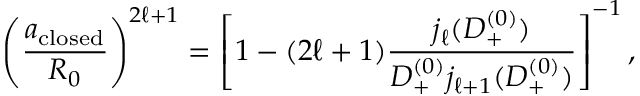
\left( \frac { a _ { \mathrm { c l o s e d } } } { R _ { 0 } } \right) ^ { 2 \ell + 1 } = \left[ 1 - ( 2 \ell + 1 ) \frac { j _ { \ell } ( D _ { + } ^ { ( 0 ) } ) } { D _ { + } ^ { ( 0 ) } j _ { \ell + 1 } ( D _ { + } ^ { ( 0 ) } ) } \right] ^ { - 1 } ,